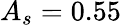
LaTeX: A_{s}=0.55